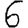
Digit: 6